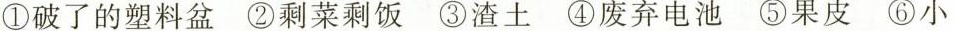
①破了的塑料盆②剩菜剩饭③渣土④废弃电池⑤果皮⑥小